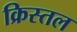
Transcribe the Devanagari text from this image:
क्रिस्तल